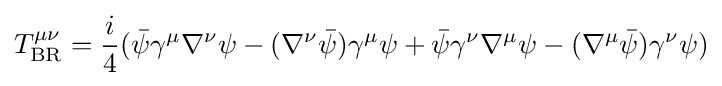
T_{\rm {BR}}^{\mu \nu }={\frac {i}{4}}({\bar {\psi }}\gamma ^{\mu }\nabla ^{\nu }\psi -(\nabla ^{\nu }{\bar {\psi }})\gamma ^{\mu }\psi +{\bar {\psi }}\gamma ^{\nu }\nabla ^{\mu }\psi -(\nabla ^{\mu }{\bar {\psi }})\gamma ^{\nu }\psi )